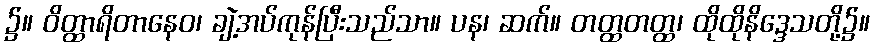
၌။ ဝိတ္ထာရိတာနေဝ၊ ချဲ့အပ်ကုန်ပြီးသည်သာ။ ပန၊ ဆက်။ တတ္ထတတ္ထ၊ ထိုထိုနိဒ္ဒေသတို့၌။